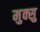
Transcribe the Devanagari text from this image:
मुक्सु